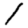
Digit: 1